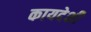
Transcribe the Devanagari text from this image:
कायदेशी